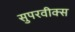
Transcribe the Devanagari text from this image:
सुपरवीक्स